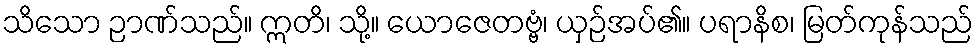
သိသော ဉာဏ်သည်။ ဣတိ၊ သို့။ ယောဇေတဗ္ဗံ၊ ယှဉ်အပ်၏။ ပရာနိစ၊ မြတ်ကုန်သည်